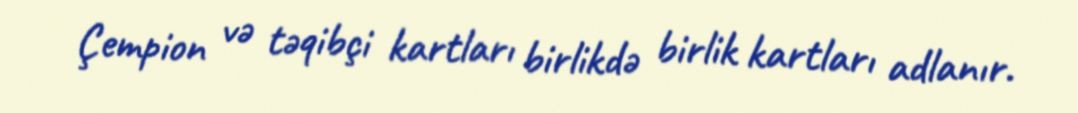
Çempion və təqibçi kartları birlikdə birlik kartları adlanır.